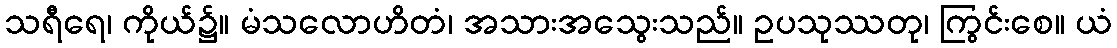
သရီရေ၊ ကိုယ်၌။ မံသလောဟိတံ၊ အသားအသွေးသည်။ ဥပသုဿတု၊ ကြွင်းစေ။ ယံ